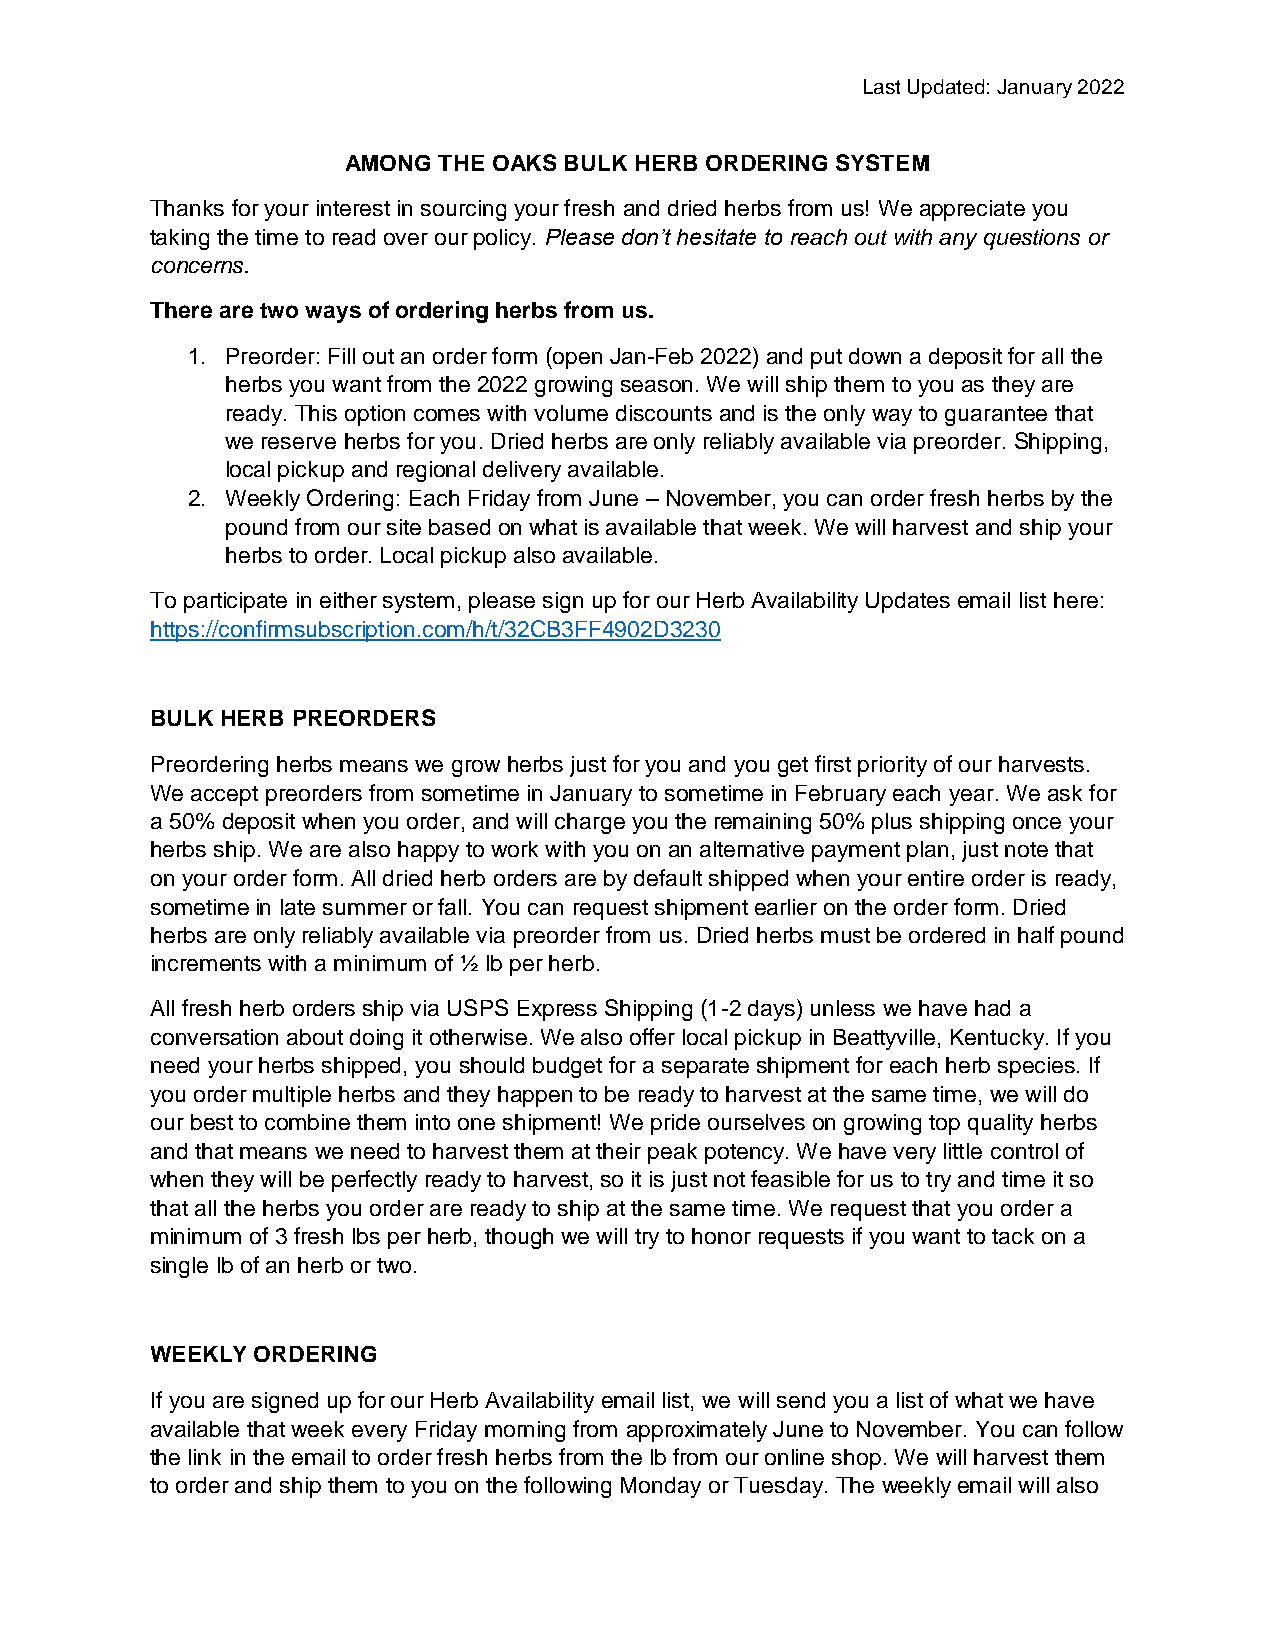
Last Updated: January 2022
 AMONG THE OAKS BULK HERB ORDERING SYSTEM
 Thanks for your interest in sourcing your fresh and dried herbs from us! We appreciate you
 taking the time to read over our policy. Please don’t hesitate to reach out with any questions or
 concerns.
 There are two ways of ordering herbs from us.
 1. Preorder: Fill out an order form (open Jan-Feb 2022) and put down a deposit for all the
 herbs you want from the 2022 growing season. We will ship them to you as they are
 ready. This option comes with volume discounts and is the only way to guarantee that
 we reserve herbs for you. Dried herbs are only reliably available via preorder. Shipping,
 local pickup and regional delivery available.
 2. Weekly Ordering: Each Friday from June – November, you can order fresh herbs by the
 pound from our site based on what is available that week. We will harvest and ship your
 herbs to order. Local pickup also available.
 To participate in either system, please sign up for our Herb Availability Updates email list here:
 https://confirmsubscription.com/h/t/32CB3FF4902D3230
 BULK HERB PREORDERS
 Preordering herbs means we grow herbs just for you and you get first priority of our harvests.
 We accept preorders from sometime in January to sometime in February each year. We ask for
 a 50% deposit when you order, and will charge you the remaining 50% plus shipping once your
 herbs ship. We are also happy to work with you on an alternative payment plan, just note that
 on your order form. All dried herb orders are by default shipped when your entire order is ready,
 sometime in late summer or fall. You can request shipment earlier on the order form. Dried
 herbs are only reliably available via preorder from us. Dried herbs must be ordered in half pound
 increments with a minimum of ½ lb per herb.
 All fresh herb orders ship via USPS Express Shipping (1-2 days) unless we have had a
 conversation about doing it otherwise. We also offer local pickup in Beattyville, Kentucky. If you
 need your herbs shipped, you should budget for a separate shipment for each herb species. If
 you order multiple herbs and they happen to be ready to harvest at the same time, we will do
 our best to combine them into one shipment! We pride ourselves on growing top quality herbs
 and that means we need to harvest them at their peak potency. We have very little control of
 when they will be perfectly ready to harvest, so it is just not feasible for us to try and time it so
 that all the herbs you order are ready to ship at the same time. We request that you order a
 minimum of 3 fresh lbs per herb, though we will try to honor requests if you want to tack on a
 single lb of an herb or two.
 WEEKLY ORDERING
 If you are signed up for our Herb Availability email list, we will send you a list of what we have
 available that week every Friday morning from approximately June to November. You can follow
 the link in the email to order fresh herbs from the lb from our online shop. We will harvest them
 to order and ship them to you on the following Monday or Tuesday. The weekly email will also